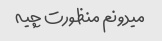
میدونم منظورت چیه